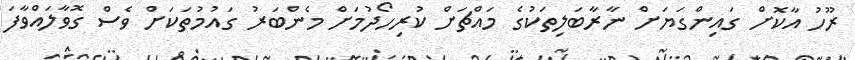
ރޫހު އާކޮށް ގައިންގަޔަށް ނާރާބަލިތަކުގެ މައްޗަށް ކުރިހޯދުމަށް މެންބަރު ގައުމުތަކަށް ވެސް ގޮވާލައްވާފަ